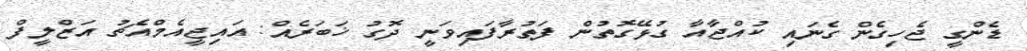
ޑެންގީ ޖެހިގެން ގެނައި ކުއްޖާއާ ގުޅޭގޮތުން ފަތުރާފައިވަނީ ދޮގު ޚަބަރެއް: އައިޖީއެމްއެޗު އަޒްލީފް